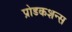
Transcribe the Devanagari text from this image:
प्रोडकशन्स